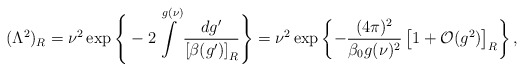
\begin{align*} (\Lambda^2)_R =\nu^2\exp\Bigg\{-2\int\limits^{g(\nu)} \frac{dg'}{\left[\beta(g')\right]_R}\Bigg\} =\nu^2\exp\left\{-\frac{(4\pi)^2}{\beta_0 g(\nu)^2} \left[1+{\cal O}(g^2)\right]_R\right\},\end{align*}